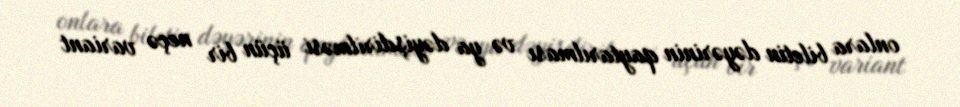
onlara biletin dəyərinin qaytarılması və ya dəyişdirilməsi üçün bir neçə variant